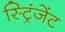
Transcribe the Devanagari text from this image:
स्ट्रिंजेंट